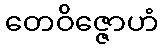
တေဝိဇ္ဇောဟံ